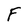
Character: F